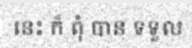
នេះ ក៏ ពុំ បាន ទទួល